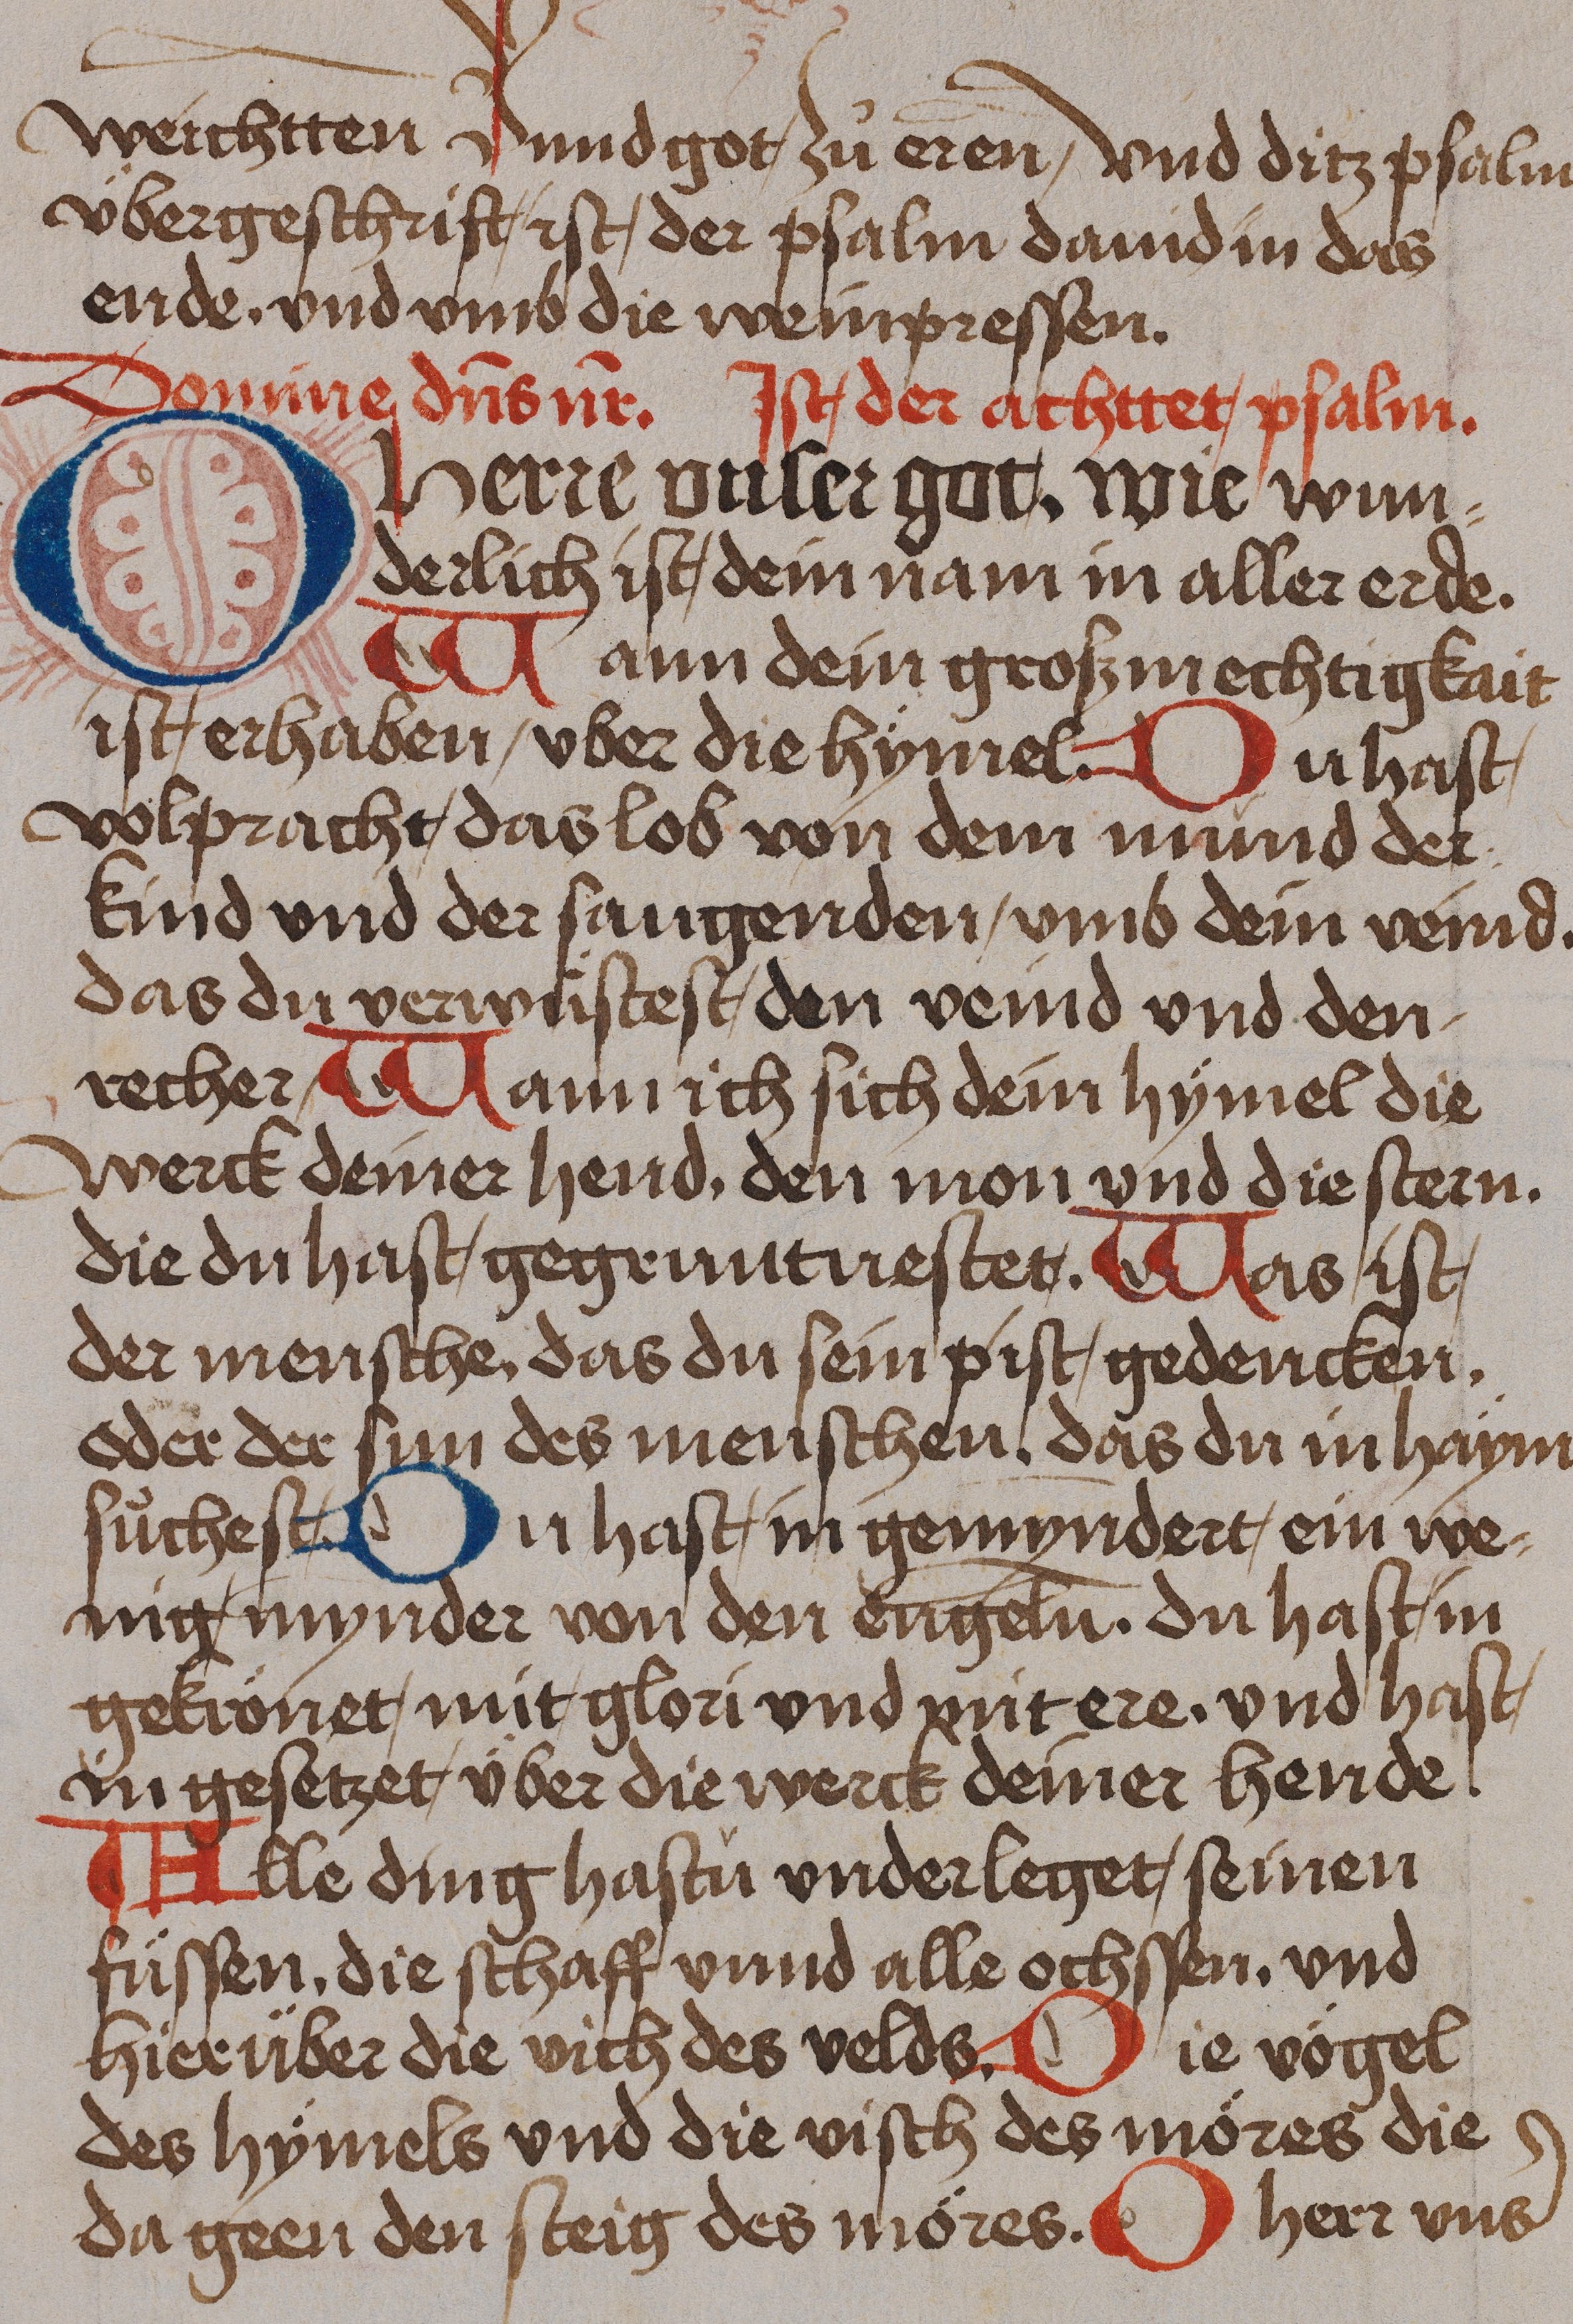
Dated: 1485–1485